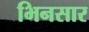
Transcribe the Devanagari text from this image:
भिनसार